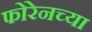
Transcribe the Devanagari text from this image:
फोरेनच्या